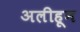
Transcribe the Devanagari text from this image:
अलीहून